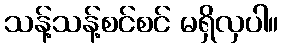
သန့်သန့်စင်စင် မရှိလှပါ။